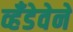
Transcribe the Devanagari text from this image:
व्हँडेवेने